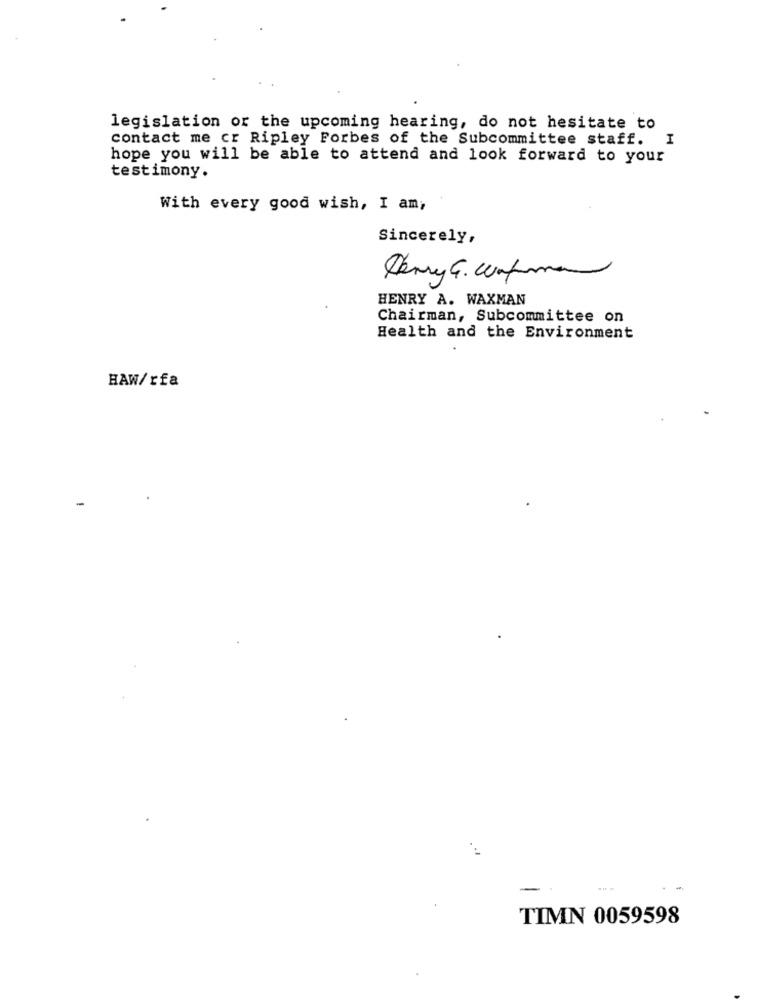
legislation or the upcoming hearing, do not hesitate to
contact me cr Ripley Forbes of the Subcommittee staff. I
hope you will be able to attend and look forward to your
testimony.
With every good wish, I am;
Sincerely,
Kerry G. Conferma
HENRY A. WAXMAN
Chairman, Subcommittee on
Health and the Environment
HAW/rfa
TIMN 0059598